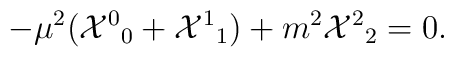
-\mu^2 ({{\cal X}^0}_0 + {{\cal X}^1}_1) + m^2 {{\cal X}^2}_2  = 0.